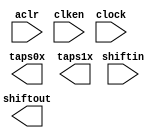
module line_buf_200pts_2lines (
	aclr,
	clken,
	clock,
	shiftin,
	shiftout,
	taps0x,
	taps1x);

	input	  aclr;
	input	  clken;
	input	  clock;
	input	[8:0]  shiftin;
	output	[8:0]  shiftout;
	output	[8:0]  taps0x;
	output	[8:0]  taps1x;
`ifndef ALTERA_RESERVED_QIS
// synopsys translate_off
`endif
	tri1	  aclr;
	tri1	  clken;
`ifndef ALTERA_RESERVED_QIS
// synopsys translate_on
`endif

endmodule